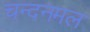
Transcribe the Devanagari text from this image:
चन्दनमल